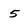
Character: 5